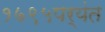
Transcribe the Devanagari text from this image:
१७९५पर्यंत